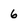
Character: 6